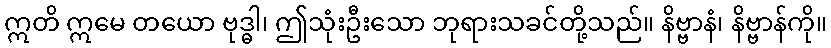
ဣတိ ဣမေ တယော ဗုဒ္ဓါ၊ ဤသုံးဦးသော ဘုရားသခင်တို့သည်။ နိဗ္ဗာနံ၊ နိဗ္ဗာန်ကို။